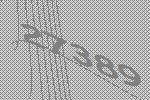
27389